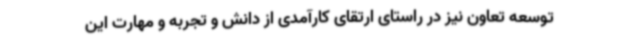
توسعه تعاون نیز در راستای ارتقای کارآمدی از دانش و تجربه و مهارت این